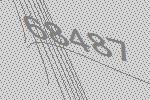
68487